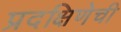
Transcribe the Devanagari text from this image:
प्रदक्षिणेची